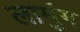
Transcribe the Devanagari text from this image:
लामुंग